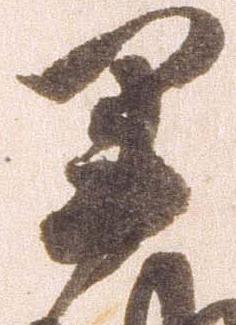
軍